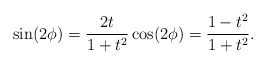
\begin{align*}\sin (2\phi)={\frac{2t}{1+t^2}}\cos (2\phi)={\frac{1-t^2}{1+t^2}}.\end{align*}